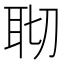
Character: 𦕀